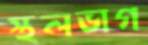
স্থলভাগ